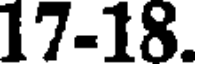
17-18.